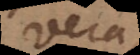
vera,